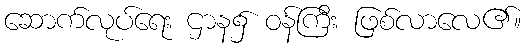
ဆောက်လုပ်ရေး ဌာန၌ ဝန်ကြီး ဖြစ်လာလေ၏။